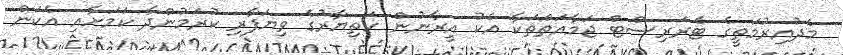
މެދުއިރުމަތީގެ ޓެރަރިސްޓް ޖަމާއަތްތަކާ އެކު އީރާނުން ހަތިޔާރުގެ ވިޔަފާރި ކުރަމުންދާ ކަމަށާއި އެކަން